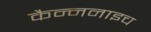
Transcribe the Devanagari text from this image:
कैन्ननाइच